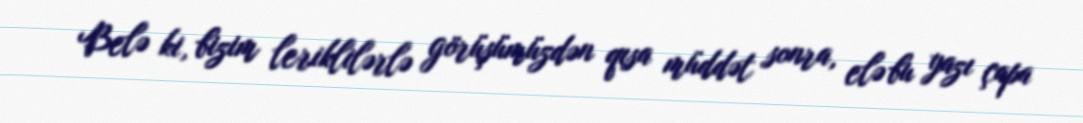
Belə ki, bizim leriklilərlə görüşümüzdən qısa müddət sonra, elə bu yazı çapa